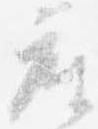
座